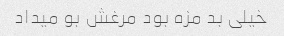
خیلی بد مزه بود مرغش بو میداد